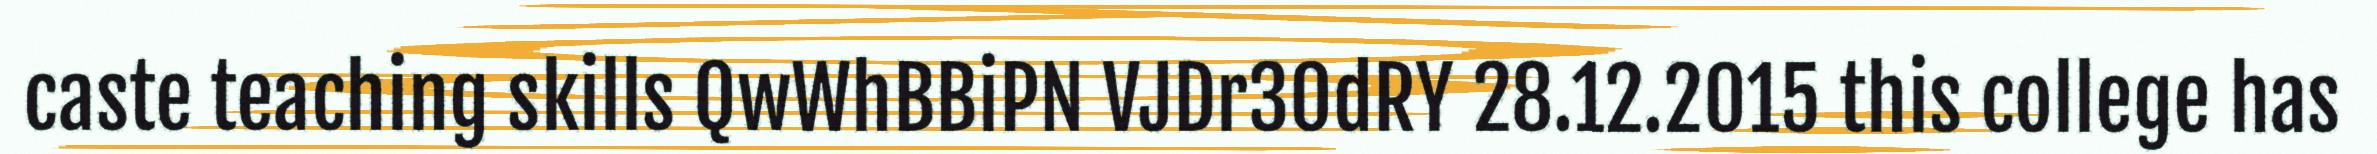
caste teaching skills QwWhBBiPN VJDr30dRY 28.12.2015 this college has